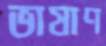
ভাষাণ